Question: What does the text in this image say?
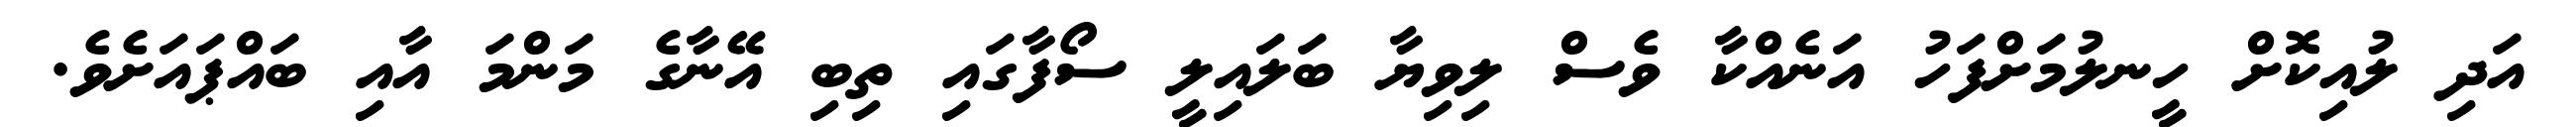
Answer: އަދި ލުއިކޮށް ހީނލުމަށްފަހު އަނެއްކާ ވެސް ލިވިޔާ ބަލައިލީ ސޯފާގައި ތިބި އޭނާގެ މަންމަ އާއި ބައްޕައަށެވެ.